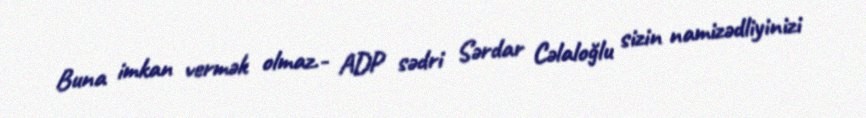
Buna imkan vermək olmaz.- ADP sədri Sərdar Cəlaloğlu sizin namizədliyinizi